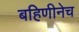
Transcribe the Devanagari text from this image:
बहिणीनेच